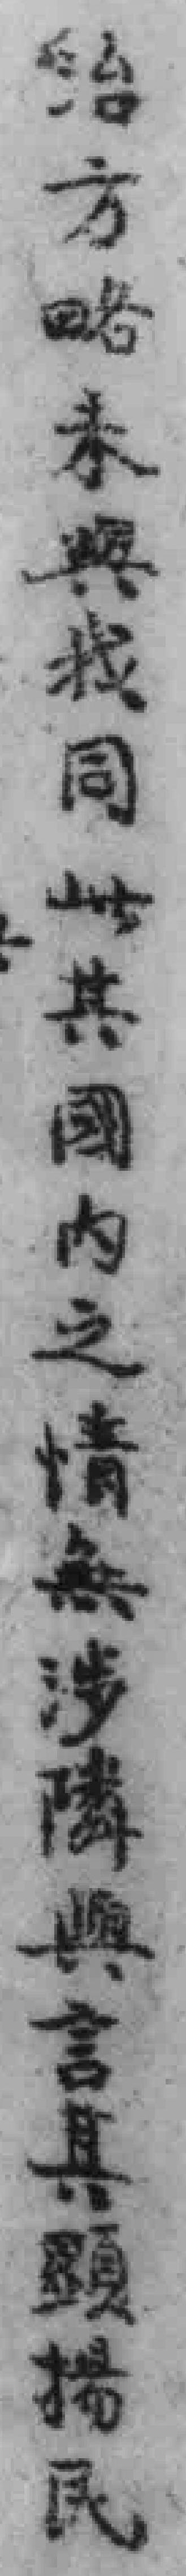
治方略未與我同此其國内之情無涉隣與言其顯揚民